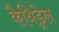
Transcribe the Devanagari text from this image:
कैथिड्रेल